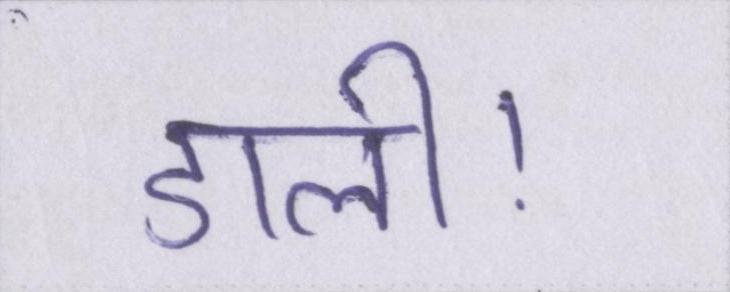
डाली।